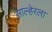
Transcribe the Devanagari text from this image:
साल्हेरला